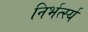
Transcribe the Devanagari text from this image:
निर्भर्त्स्य